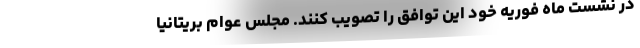
در نشست ماه فوریه خود این توافق را تصویب کنند. مجلس عوام بریتانیا